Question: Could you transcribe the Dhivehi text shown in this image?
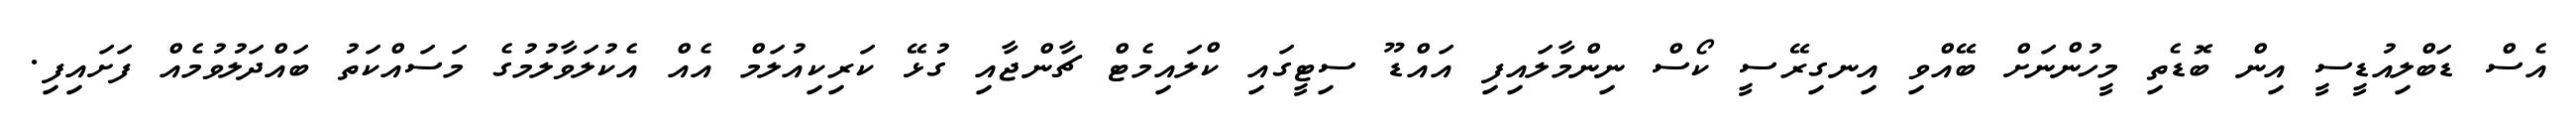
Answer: އެސް ޑަބްލިއުޑީސީ އިން ބޮޑެތި މީހުންނަށް ބޭއްވި އިނގިރޭސީ ކޯސް ނިންމާލައިފި އައްޑޫ ސިޓީގައި ކްލައިމެޓް ޗާންޖާއި ގުޅޭ ކަރިކިއުލަމް އެއް އެކުލަވާލުމުގެ މަސައްކަތު ބައްދަލުވުމެއް ފަށައިފި.